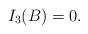
LaTeX: \begin{align*}I_3(B)=0.\end{align*}